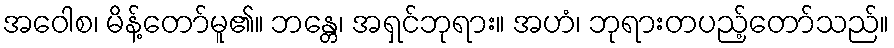
အဝေါစ၊ မိန့်တော်မူ၏။ ဘန္တေ၊ အရှင်ဘုရား။ အဟံ၊ ဘုရားတပည့်တော်သည်။